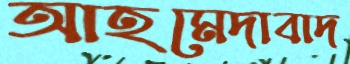
আহমেদাবাদ